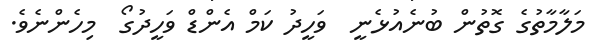
މަލާމާތުގެ ގޮތުން ބުނެއުޅެނީ  ވަހީދު ކަމް އެންޑް ވަހީދުގޯ  މިހެންނެވެ.